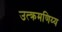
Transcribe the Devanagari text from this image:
उत्क्रमणिय्य